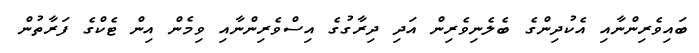
ބައިވެރިންނާއި އެކުދިންގެ ބެލެނިވެރިން އަދި ދިރާގުގެ އިސްވެރިންނާއި ވިމެން އިން ޓެކްގެ ފަރާތުން